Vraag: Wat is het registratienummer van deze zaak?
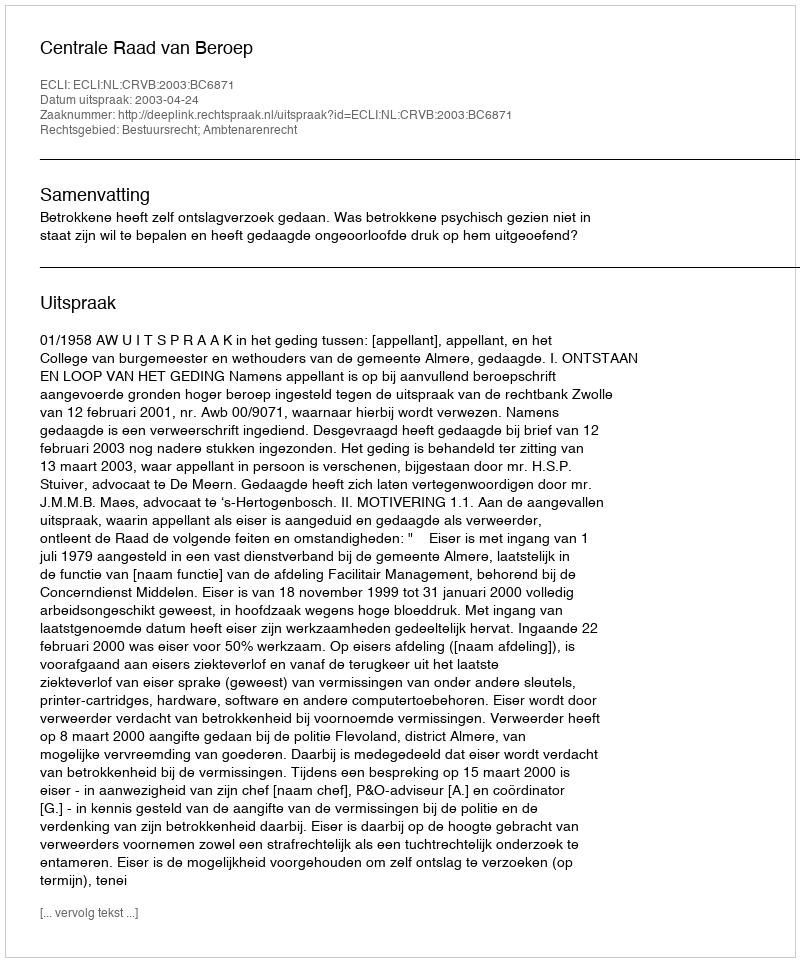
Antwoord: http://deeplink.rechtspraak.nl/uitspraak?id=ECLI:NL:CRVB:2003:BC6871